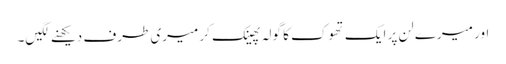
اور میرے لن پر ایک تھوک کا گولہ پھینک کر میری طرف دیکھنے لگیں۔